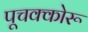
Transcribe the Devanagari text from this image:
पूचक्कोरू